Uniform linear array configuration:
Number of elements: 24
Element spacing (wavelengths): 0.75
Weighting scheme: cosine
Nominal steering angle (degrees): -15
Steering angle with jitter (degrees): -16.889
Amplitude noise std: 0.05
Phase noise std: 0.05

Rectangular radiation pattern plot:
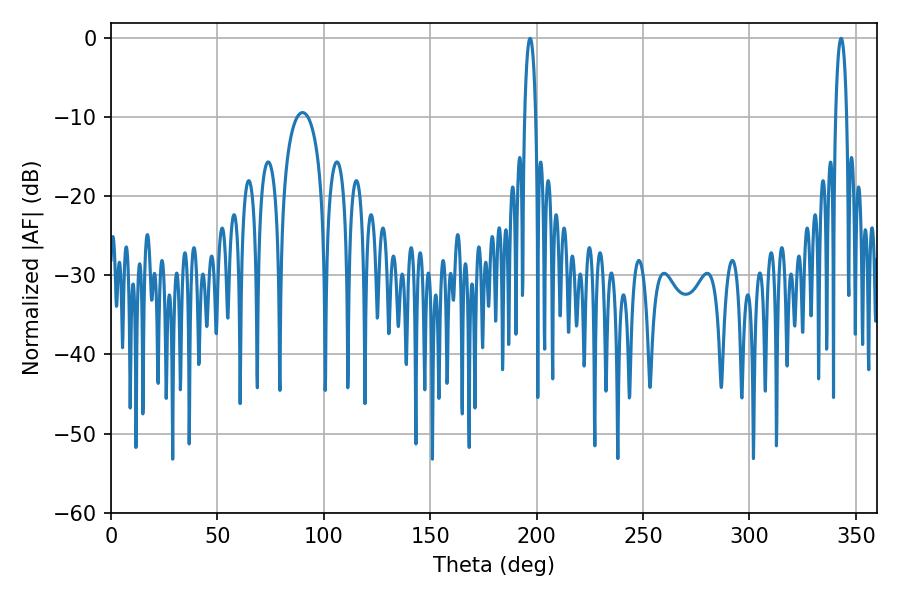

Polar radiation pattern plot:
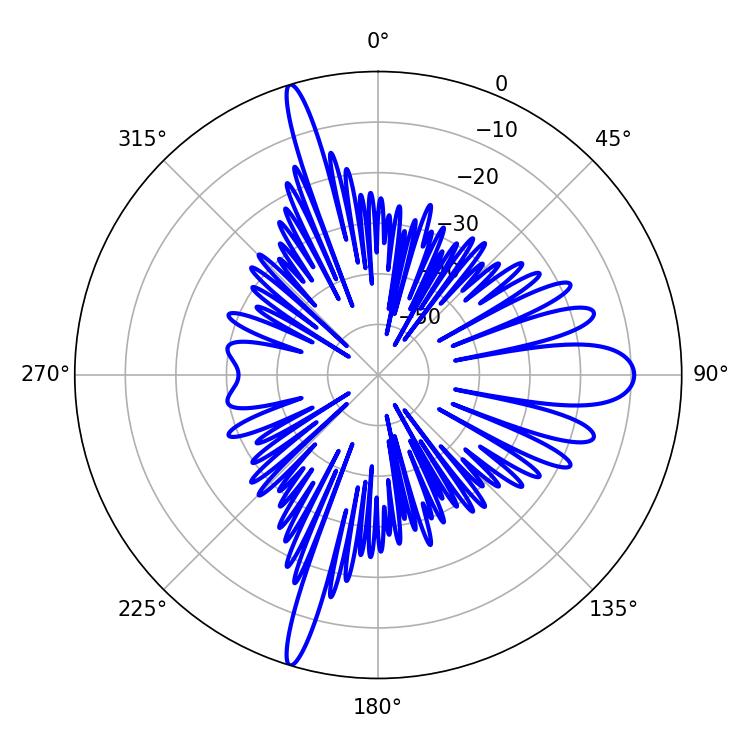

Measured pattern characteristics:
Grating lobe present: TRUE
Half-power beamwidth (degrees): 2.88
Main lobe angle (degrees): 196.92